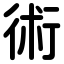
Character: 術